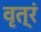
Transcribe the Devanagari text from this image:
वृत्रं